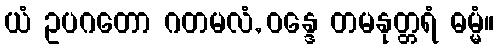
ယံ ဥပဂတော ဂတမလံ, ဝန္ဒေ တမနုတ္တရံ ဓမ္မံ။